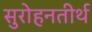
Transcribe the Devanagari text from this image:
सुरोहनतीर्थ